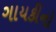
ગાયકીનો